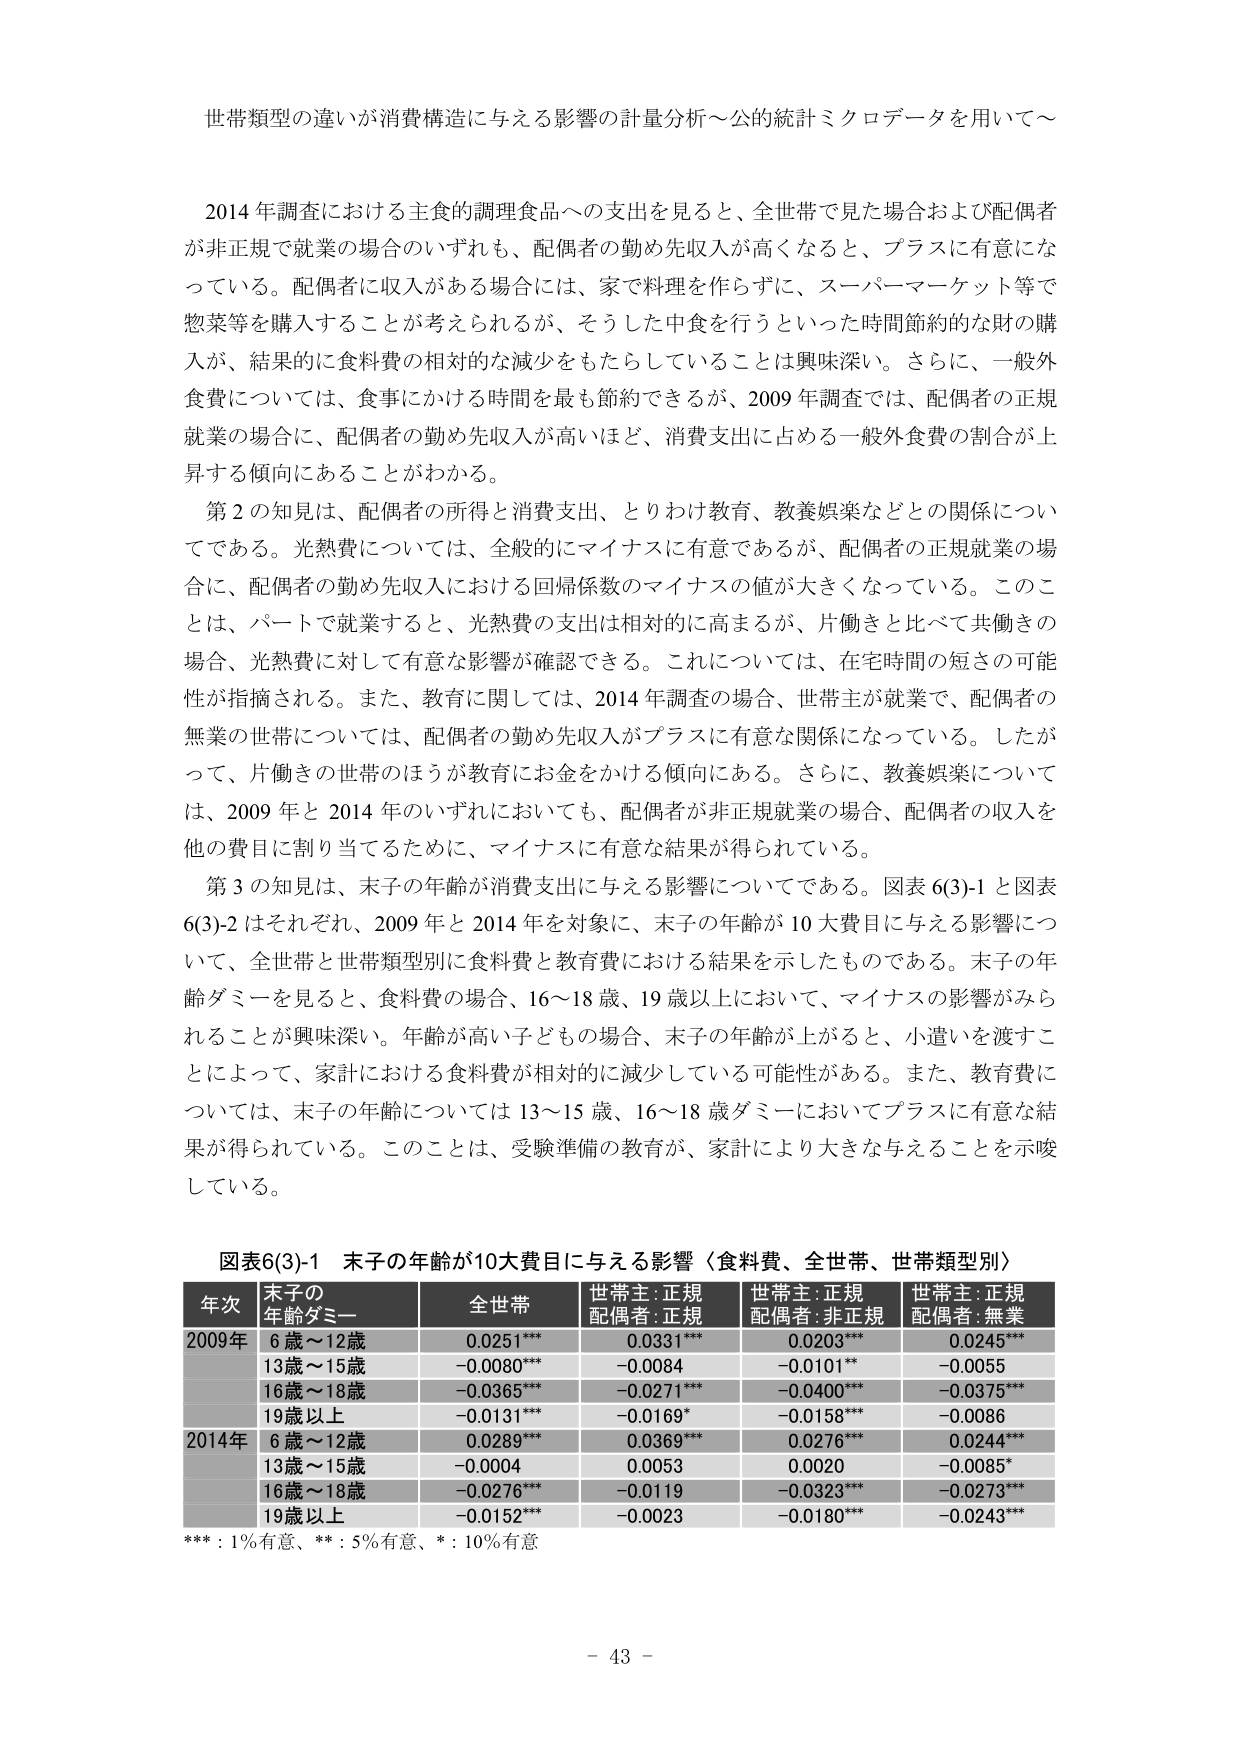
世帯類型の違いが消費構造に与える影響の計量分析～公的統計ミクロデータを用いて～

2014年調査における主食的調理食品への支出を見ると、全世帯で見た場合および配偶者が非正規で就業の場合のいずれも、配偶者の勤め先収入が高くなると、プラスに有意になっている。配偶者に収入がある場合には、家で料理を作らずに、スーパーマーケット等で惣菜等を購入することが考えられるが、そうした中食を行うといった時間節約的な財の購入が、結果的に食料費の相対的な減少をもたらしていることは興味深い。さらに、一般外食費については、食事にかける時間を最も節約できるが、2009年調査では、配偶者の正規就業の場合に、配偶者の勤め先収入が高いほど、消費支出に占める一般外食費の割合が上昇する傾向にあることがわかる。

第2の知見は、配偶者の所得と消費支出、とりわけ教育、教養娯楽などとの関係についてである。光熱費については、全般的にマイナスに有意であるが、配偶者の正規就業の場合に、配偶者の勤め先収入における回帰係数のマイナスの値が大きくなっている。このことは、パートで就業すると、光熱費の支出は相対的に高まるが、片働きと比べて共働きの場合、光熱費に対して有意な影響が確認できる。これについては、在宅時間の短さの可能性が指摘される。また、教育に関しては、2014年調査の場合、世帯主が就業で、配偶者の無業の世帯については、配偶者の勤め先収入がプラスに有意な関係になっている。したがって、片働きの世帯のほうが教育にお金をかける傾向にある。さらに、教養娯楽については、2009年と2014年のいずれにおいても、配偶者が非正規就業の場合、配偶者の収入を他の費目に割り当てるために、マイナスに有意な結果が得られている。

第3の知見は、末子の年齢が消費支出に与える影響についてである。図表6(3)-1と図表6(3)-2はそれぞれ、2009年と2014年を対象に、末子の年齢が10大費目にある影響について、全世帯と世帯類型別に食料費と教育費における結果を示したものである。末子の年齢ダミーを見ると、食料費の場合、16～18歳、19歳以上において、マイナスの影響がみられることが興味深い。年齢が高い子どもの場合、末子の年齢が上がると、小遣いを渡すことによって、家計における食料費が相対的に減少している可能性がある。また、教育費については、末子の年齢については13～15歳、16～18歳ダミーにおいてプラスに有意な結果が得られている。このことは、受験準備の教育が、家計により大きな与えることを示唆している。

図表6(3)-1 末子の年齢が10大費目にある影響〈食料費、全世帯、世帯類型別〉

年次 末子の年齢ダミー 全世帯 世帯主:正規配偶者:正規 世帯主:正規配偶者:非正規 世帯主:正規配偶者:無業
2009年 6歳～12歳 0.0251*** 0.0331*** 0.0203*** 0.0245***
13歳～15歳 -0.0080*** -0.0084 -0.0101** -0.0055
16歳～18歳 -0.0365*** -0.0271*** -0.0400*** -0.0375***
19歳以上 -0.0131*** -0.0169* -0.0158*** -0.0086
2014年 6歳～12歳 0.0289*** 0.0369*** 0.0276*** 0.0244***
13歳～15歳 -0.0004 0.0053 0.0020 -0.0085*
16歳～18歳 -0.0276*** -0.0119 -0.0323*** -0.0273***
19歳以上 -0.0152*** -0.0023 -0.0180*** -0.0243***

***：1%有意、**：5%有意、*：10%有意

- 43 -